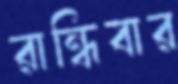
রান্ধিবার